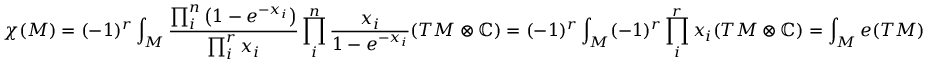
\chi ( M ) = ( - 1 ) ^ { r } \int _ { M } { \frac { \prod _ { i } ^ { n } \left( 1 - e ^ { - x _ { i } } \right) } { \prod _ { i } ^ { r } x _ { i } } } \prod _ { i } ^ { n } { \frac { x _ { i } } { 1 - e ^ { - x _ { i } } } } ( T M \otimes \mathbb { C } ) = ( - 1 ) ^ { r } \int _ { M } ( - 1 ) ^ { r } \prod _ { i } ^ { r } x _ { i } ( T M \otimes \mathbb { C } ) = \int _ { M } e ( T M )